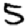
Digit: 5